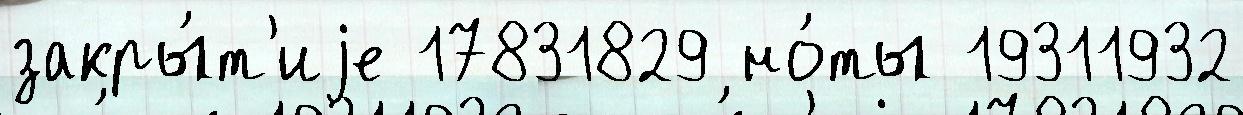
закры́т'иjе 17831829 но́ты 19311932